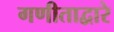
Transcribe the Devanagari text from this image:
गणीताद्वारे